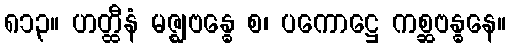
၈၁၃။ ဟတ္ထီနံ မဇ္ဈဗန္ဓေ စ၊ ပကောဋ္ဌေ ကစ္ဆဗန္ဓနေ။